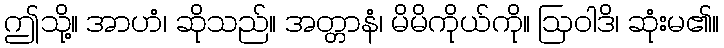
ဤသို့။ အာဟံ၊ ဆိုသည်။ အတ္တာနံ၊ မိမိကိုယ်ကို။ ဩဝါဒိ၊ ဆုံးမ၏။